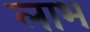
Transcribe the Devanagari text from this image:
लाभ्‍ा